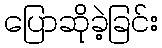
ပြောဆိုခဲ့ခြင်း